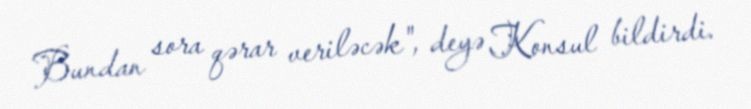
Bundan sora qərar veriləcək", deyə Konsul bildirdi.